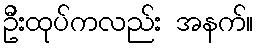
ဦးထုပ်ကလည်း အနက်။